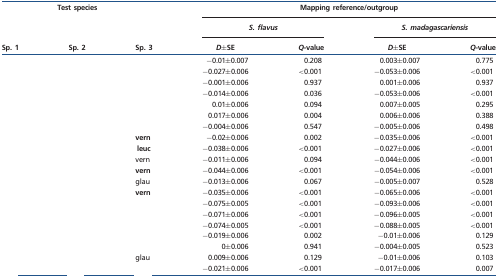
<table><thead><tr><td colspan="3" rowspan="2"><b>Test species</b></td><td colspan="4"><b>Mapping reference/outgroup</b></td></tr><tr><td colspan="2"><b><i>S. flavus</i></b></td><td colspan="2"><b><i>S. madagascariensis</i></b></td></tr><tr><td><b>Sp. 1</b></td><td><b>Sp. 2</b></td><td><b>Sp. 3</b></td><td><b><i>D</i>±SE</b></td><td><b><i>Q</i>-value</b></td><td><b><i>D</i>±SE</b></td><td><b><i>Q</i>-value</b></td></tr></thead><tbody><tr><td>[EMPTY_CELL]</td><td>[EMPTY_CELL]</td><td>[EMPTY_CELL]</td><td>−0.01±0.007</td><td>0.208</td><td>0.003±0.007</td><td>0.775</td></tr><tr><td>[EMPTY_CELL]</td><td>[EMPTY_CELL]</td><td>[EMPTY_CELL]</td><td>−0.027±0.006</td><td>&lt;0.001</td><td>−0.053±0.006</td><td>&lt;0.001</td></tr><tr><td>[EMPTY_CELL]</td><td>[EMPTY_CELL]</td><td>[EMPTY_CELL]</td><td>−0.001±0.006</td><td>0.937</td><td>0.001±0.006</td><td>0.937</td></tr><tr><td>[EMPTY_CELL]</td><td>[EMPTY_CELL]</td><td>[EMPTY_CELL]</td><td>−0.014±0.006</td><td>0.036</td><td>−0.053±0.006</td><td>&lt;0.001</td></tr><tr><td>[EMPTY_CELL]</td><td>[EMPTY_CELL]</td><td>[EMPTY_CELL]</td><td>0.01±0.006</td><td>0.094</td><td>0.007±0.005</td><td>0.295</td></tr><tr><td>[EMPTY_CELL]</td><td>[EMPTY_CELL]</td><td>[EMPTY_CELL]</td><td>0.017±0.006</td><td>0.004</td><td>0.006±0.006</td><td>0.388</td></tr><tr><td>[EMPTY_CELL]</td><td>[EMPTY_CELL]</td><td>[EMPTY_CELL]</td><td>−0.004±0.006</td><td>0.547</td><td>−0.005±0.006</td><td>0.498</td></tr><tr><td>[EMPTY_CELL]</td><td>[EMPTY_CELL]</td><td><b>vern</b></td><td>−0.02±0.006</td><td>0.002</td><td>−0.035±0.006</td><td>&lt;0.001</td></tr><tr><td>[EMPTY_CELL]</td><td>[EMPTY_CELL]</td><td><b>leuc</b></td><td>−0.038±0.006</td><td>&lt;0.001</td><td>−0.027±0.006</td><td>&lt;0.001</td></tr><tr><td>[EMPTY_CELL]</td><td>[EMPTY_CELL]</td><td>vern</td><td>−0.011±0.006</td><td>0.094</td><td>−0.044±0.006</td><td>&lt;0.001</td></tr><tr><td>[EMPTY_CELL]</td><td>[EMPTY_CELL]</td><td><b>vern</b></td><td>−0.044±0.006</td><td>&lt;0.001</td><td>−0.054±0.006</td><td>&lt;0.001</td></tr><tr><td>[EMPTY_CELL]</td><td>[EMPTY_CELL]</td><td>glau</td><td>−0.013±0.006</td><td>0.067</td><td>−0.005±0.007</td><td>0.528</td></tr><tr><td>[EMPTY_CELL]</td><td>[EMPTY_CELL]</td><td><b>vern</b></td><td>−0.035±0.006</td><td>&lt;0.001</td><td>−0.065±0.006</td><td>&lt;0.001</td></tr><tr><td>[EMPTY_CELL]</td><td>[EMPTY_CELL]</td><td>[EMPTY_CELL]</td><td>−0.075±0.005</td><td>&lt;0.001</td><td>−0.093±0.006</td><td>&lt;0.001</td></tr><tr><td>[EMPTY_CELL]</td><td>[EMPTY_CELL]</td><td>[EMPTY_CELL]</td><td>−0.071±0.006</td><td>&lt;0.001</td><td>−0.096±0.005</td><td>&lt;0.001</td></tr><tr><td>[EMPTY_CELL]</td><td>[EMPTY_CELL]</td><td>[EMPTY_CELL]</td><td>−0.074±0.005</td><td>&lt;0.001</td><td>−0.088±0.005</td><td>&lt;0.001</td></tr><tr><td>[EMPTY_CELL]</td><td>[EMPTY_CELL]</td><td>[EMPTY_CELL]</td><td>−0.019±0.006</td><td>0.002</td><td>−0.01±0.006</td><td>0.129</td></tr><tr><td>[EMPTY_CELL]</td><td>[EMPTY_CELL]</td><td>[EMPTY_CELL]</td><td>0±0.006</td><td>0.941</td><td>−0.004±0.005</td><td>0.523</td></tr><tr><td>[EMPTY_CELL]</td><td>[EMPTY_CELL]</td><td>glau</td><td>0.009±0.006</td><td>0.129</td><td>−0.01±0.006</td><td>0.103</td></tr><tr><td>[EMPTY_CELL]</td><td>[EMPTY_CELL]</td><td>[EMPTY_CELL]</td><td>−0.021±0.006</td><td>&lt;0.001</td><td>−0.017±0.006</td><td>0.007</td></tr></tbody></table>